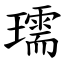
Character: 瓀